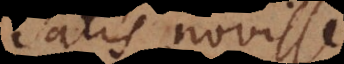
satis novisse